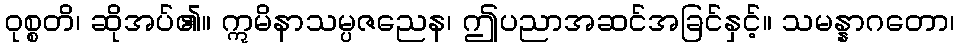
ဝုစ္စတိ၊ ဆိုအပ်၏။ ဣမိနာသမ္ပဇညေန၊ ဤပညာအဆင်အခြင်နှင့်။ သမန္နာဂတော၊